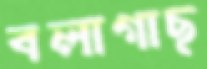
বলাগাছ